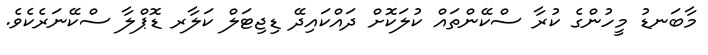
މާބަނޑު މީހުންގެ ކުރާ ސްކޭންތައް ކުލަކޮށް ދައްކައިދޭ ޑިޖިޓަލް ކަލާރ ޑޮޕްލާ ސްކޭނަރެކެވެ.